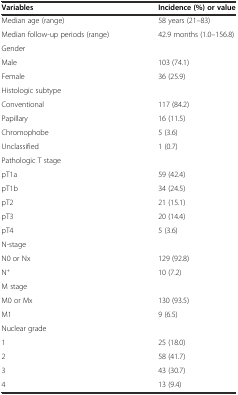
<table><thead><tr><td><b>Variables</b></td><td><b>Incidence (%) or value</b></td></tr></thead><tbody><tr><td>Median age (range)</td><td>58 years (21–83)</td></tr><tr><td>Median follow-up periods (range)</td><td>42.9 months (1.0–156.8)</td></tr><tr><td>Gender</td><td></td></tr><tr><td>Male</td><td>103 (74.1)</td></tr><tr><td>Female</td><td>36 (25.9)</td></tr><tr><td>Histologic subtype</td><td></td></tr><tr><td>Conventional</td><td>117 (84.2)</td></tr><tr><td>Papillary</td><td>16 (11.5)</td></tr><tr><td>Chromophobe</td><td>5 (3.6)</td></tr><tr><td>Unclassified</td><td>1 (0.7)</td></tr><tr><td>Pathologic T stage</td><td></td></tr><tr><td>pT1a</td><td>59 (42.4)</td></tr><tr><td>pT1b</td><td>34 (24.5)</td></tr><tr><td>pT2</td><td>21 (15.1)</td></tr><tr><td>pT3</td><td>20 (14.4)</td></tr><tr><td>pT4</td><td>5 (3.6)</td></tr><tr><td>N-stage</td><td></td></tr><tr><td>N0 or Nx</td><td>129 (92.8)</td></tr><tr><td>N<sup>+</sup></td><td>10 (7.2)</td></tr><tr><td>M stage</td><td></td></tr><tr><td>M0 or Mx</td><td>130 (93.5)</td></tr><tr><td>M1</td><td>9 (6.5)</td></tr><tr><td>Nuclear grade</td><td></td></tr><tr><td>1</td><td>25 (18.0)</td></tr><tr><td>2</td><td>58 (41.7)</td></tr><tr><td>3</td><td>43 (30.7)</td></tr><tr><td>4</td><td>13 (9.4)</td></tr></tbody></table>